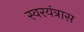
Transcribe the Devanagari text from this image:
स्वरयंत्रास